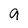
Character: 9